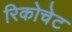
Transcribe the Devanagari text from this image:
रिकोचेट